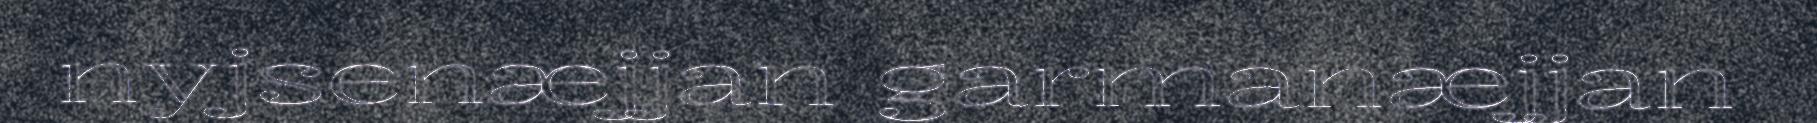
nyjsenæjjan garmanæjjan